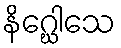
နိဂ္ဃေါသေ